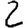
Digit: 2